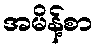
အမိန့်စာ